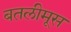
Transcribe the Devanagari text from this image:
बतलीमूस